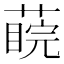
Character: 𦺊